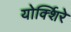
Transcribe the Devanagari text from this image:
योर्क्शिरे